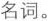
名词。